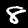
Label: 8